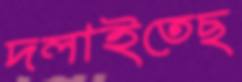
দলাইতেছ